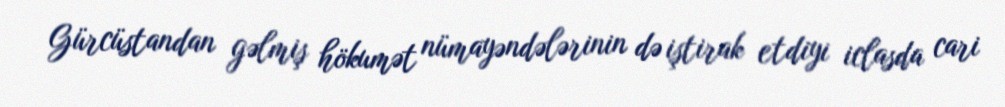
Gürcüstandan gəlmiş hökumət nümayəndələrinin də iştirak etdiyi iclasda cari